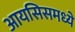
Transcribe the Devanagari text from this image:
आयसिसमध्ये